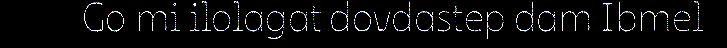
Go mi ilolagat dovdastep dam Ibmel